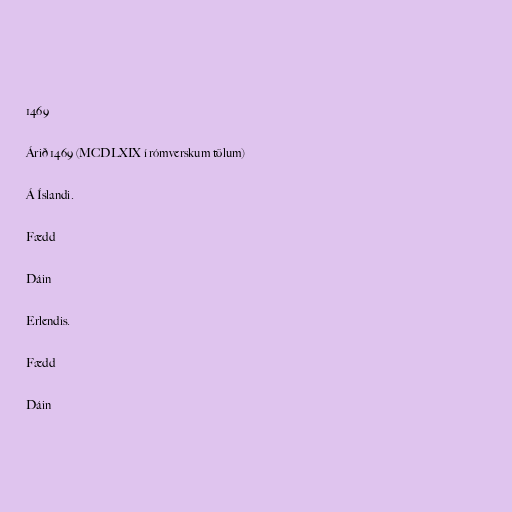
1469

Árið 1469 (MCDLXIX í rómverskum tölum)

Á Íslandi.

Fædd

Dáin

Erlendis.

Fædd

Dáin